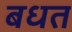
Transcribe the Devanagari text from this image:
बधत